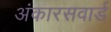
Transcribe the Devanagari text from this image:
अंकारसवार्ड